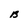
Character: B